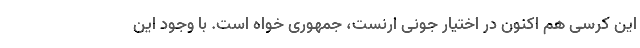
این کرسی هم اکنون در اختیار جونی ارنست، جمهوری خواه است. با وجود این